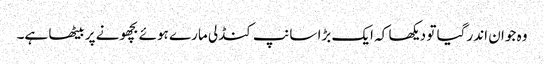
وہ جوان اندر گیا تو دیکھا کہ ایک بڑا سانپ کنڈلی مارے ہوئے بچھونے پر بیٹھا ہے۔